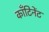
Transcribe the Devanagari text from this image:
काँटिनेंट